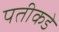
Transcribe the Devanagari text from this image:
पतीकडे